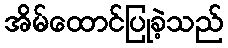
အိမ်ထောင်ပြုခဲ့သည်